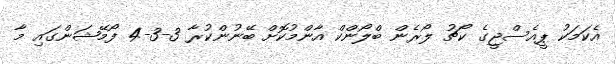
އެކަމަކު ޕީއެސްޖީގެ ކޯޗު ލޯރެން ބްލޯންކް އާންމުކޮށް ބޭނުންކުރާ 3-3-4 ފޯމޭޝަންގައި މާ